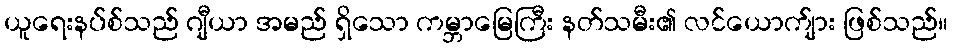
ယူရေးနပ်စ်သည် ဂျီယာ အမည် ရှိသော ကမ္ဘာမြေကြီး နတ်သမီး၏ လင်ယောက်ျား ဖြစ်သည်။